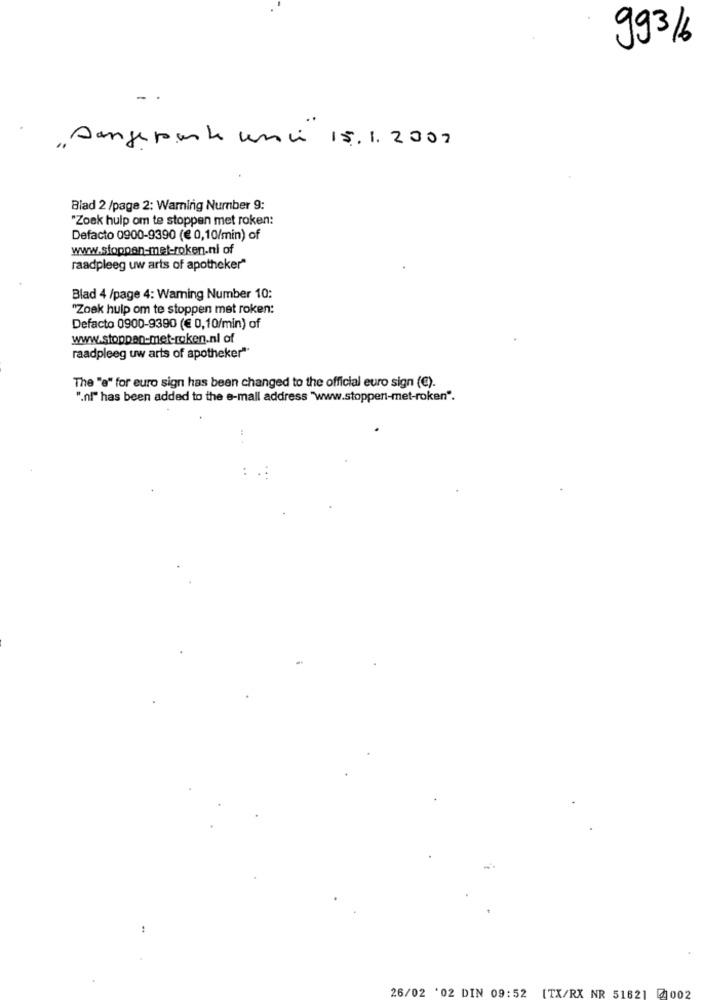
993/6
„Aangepast une 15.1.2009
Blad 2 /page 2: Warning Number 9:
"Zoek hulp om te stoppen met roken:
Defacto 0900-9390 (€ 0,10/min) of
www.stoppen-met-roken.nl of
raadpleeg uw arts of apotheker"
Blad 4 /page 4: Warning Number 10:
"Zoek hulp om te stoppen met roken:
Defacto 0900-9390 (€ 0,10/min) of
www.stoppen-met-roken.nl of
raadpleeg uw arts of apotheker"
The "e" for euro sign has been changed to the official euro sign (€).
".ni" has been added to the e-mail address "www.stoppen-met-roken".
26/02 '02 DIN 09:52 [TX/RX NR 5162]
1002